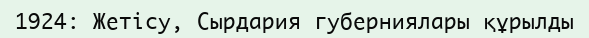
1924: Жетісу, Сырдария губерниялары құрылды